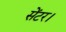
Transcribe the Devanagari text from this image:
सेंटर।